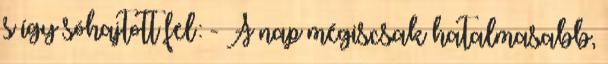
s így sóhajtott fel: - A nap mégiscsak hatalmasabb,